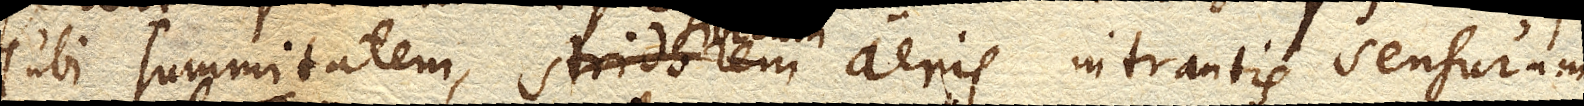
Tubi summitatem, stridorem sibilum aeris intrantis sensuram